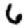
Digit: 6